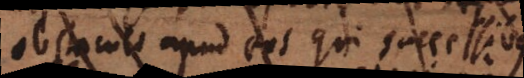
obstaculi apud eos qui successibus